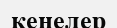
кенелер